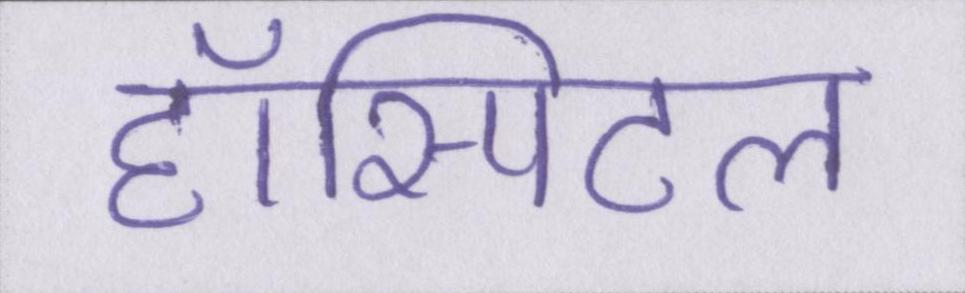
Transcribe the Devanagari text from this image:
हॉस्पिटल